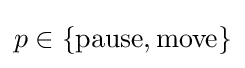
p\in \{{\text{pause}},{\text{move}}\}